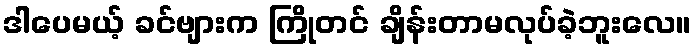
ဒါပေမယ့် ခင်ဗျားက ကြိုတင် ချိန်းတာမလုပ်ခဲ့ဘူးလေ။